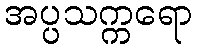
အပ္ပသက္ကရော